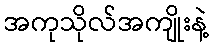
အကုသိုလ်အကျိုးနဲ့